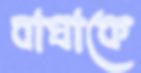
বাঘাকে